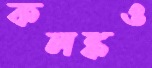
কলঙ্কও